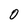
Character: 0